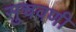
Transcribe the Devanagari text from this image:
सुचवणी